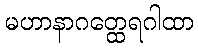
မဟာနာဂတ္ထေရဂါထာ